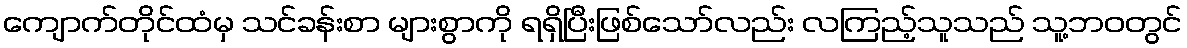
ကျောက်တိုင်ထံမှ သင်ခန်းစာ များစွာကို ရရှိပြီးဖြစ်သော်လည်း လကြည့်သူသည် သူ့ဘဝတွင်